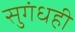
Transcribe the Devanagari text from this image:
सुगंधही